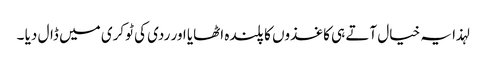
لہذا یہ خیال آتے ہی کاغذوں کا پلندہ اٹھایا اور ردی کی ٹوکری میں ڈال دیا ۔